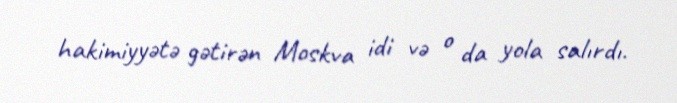
hakimiyyətə gətirən Moskva idi və o da yola salırdı.